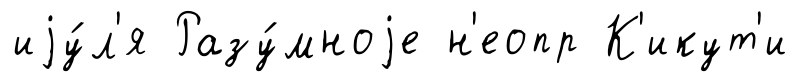
иjу́л'я Разу́мноjе н'еопр К'икут'и